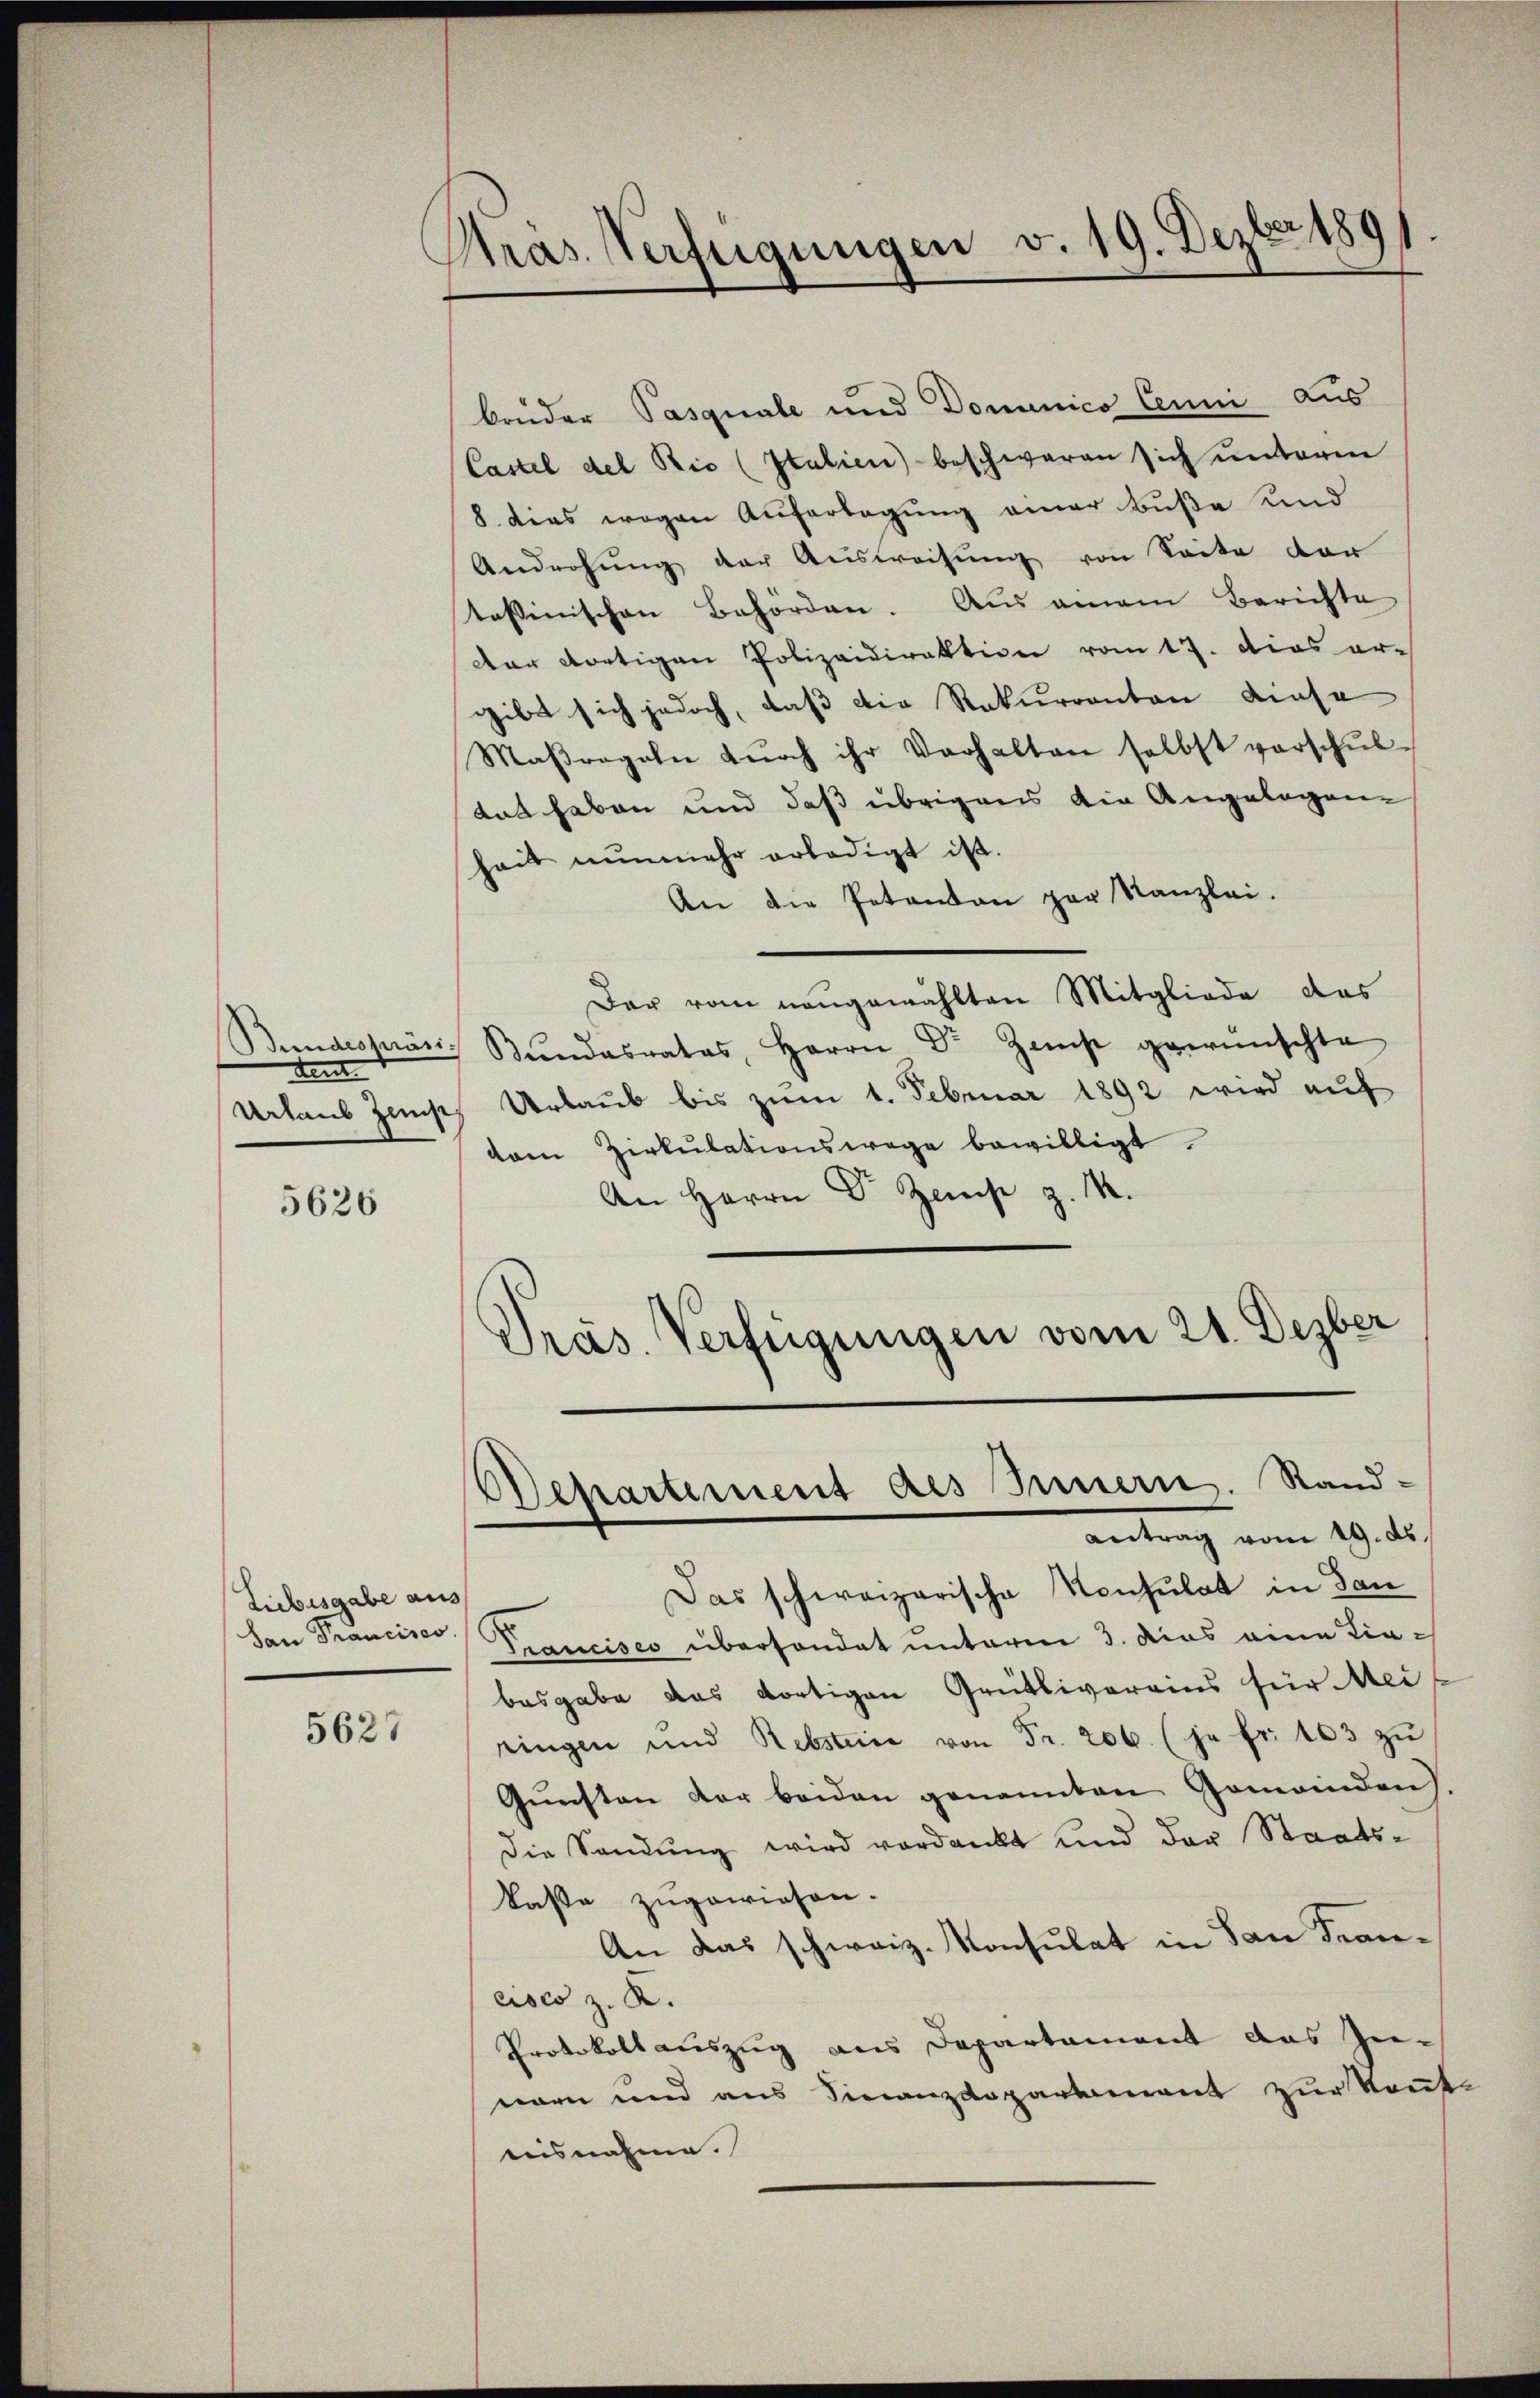
dent

5626

Liebesgabe aus
San Prancisco

5627

Pras. Verfügungen v. 19. Dezber 189

brüder Pasquale und Dominico Cenni aus
Castel des Rio (Italien) beschweren sich unterm
8. dies wegen Auferlegung einer Buße und
Androhung der Ausweisung von Seite der
tessinischen Behörden. Aus einem Berichte
Dar dortigen Polizeidirektion vom 17. dies er-
gibt sich jedoch, daß die Rekurrenten diese
Maβregeln dŭrch ihr Verhalten selbst verschŭl-
das haben und daß übrigens die Angelegen-
heit nunmehr erledigt ist.
An die Petenton par Kanzlei.
Der vom nangewählten Mitgliede des
Bundespräs. Bŭndesrates Herrn Dr. Zams gewünschte
Urlaub Zemp, Urlaub bis zum 1. Februar 1892 wird auf
vam Zirkulationswege bewilligt.
An Herrn Dr Zeise z. M.
Pras. Verfügungen vom 21. Dezber

Departement des Innern. Sand¬
Antrag vom 19. ds.

Das schweizerische Konsulat in dan
Trancisco übersondet unterm 3. dies eine Liebesgabe das dortigen Grütlivereins für Meiringen und Rebsteine von Fr. 206. (je fr. 103 zŭ
Gŭnsten der beiden genannten Gemeinden.
Die Sendung wird verdankt und der Staatskasse zugewiesen.
An das schweiz. Konsulat in San Francisco z. K.
Protokollauszug aus Departament das Zu-
nern und aus Finanzdepartement zur Kennt-
aisnahme.